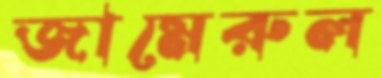
জামেরুল